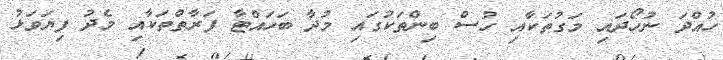
ހުއްދަ ނުހޯދައި މަގުތަކާއި ހުސް ބިންތަކުގައި މުދާ ބަހައްޓާ ފަރާތްތަކާއި މެދު ފިޔަވަޅު